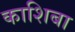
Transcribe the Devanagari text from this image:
काशिबा